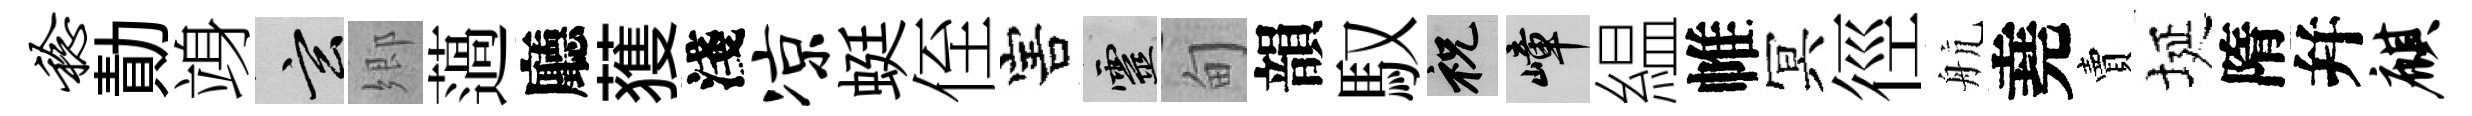
稔勣竧玄郷薖廳𫉬淺凉蜓侄害靈甸韻馭祝嶂緼帷冥徑航堯賣埏隋幷麒